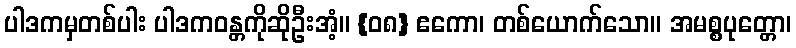
ပါဒကမှတစ်ပါး ပါဒကဝန္တကိုဆိုဦးအံ့။ {၀၈} ဧကော၊ တစ်ယောက်သော။ အမစ္စပုတ္တော၊